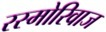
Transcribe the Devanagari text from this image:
रस्मोरिवाज